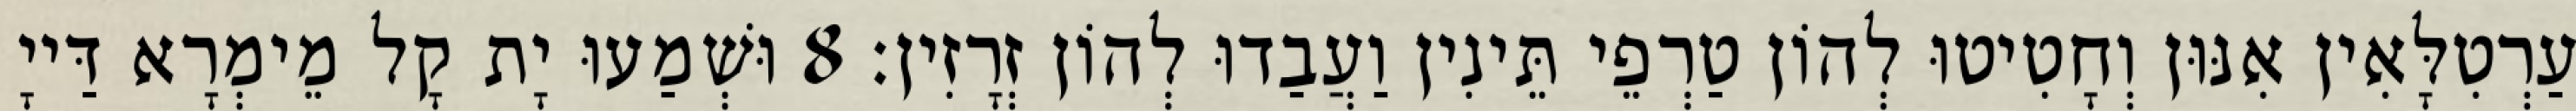
עַרְטִלָּאִין אִנּוּן וְחָטִיטוּ לְהוֹן טַרְפֵי תֵּינִין וַעֲבַדוּ לְהוֹן זְרָזִין׃ 8 וּשְׁמַעוּ יָת קָל מֵימְרָא דַּייָ